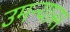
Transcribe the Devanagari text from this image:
उमन्यास